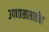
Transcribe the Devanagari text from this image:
उपवासासाठीचा